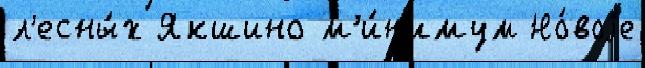
л'есны́х Якшино м'и́н'имум Но́воjе